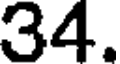
34.